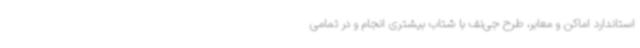
استاندارد اماکن و معابر، طرح جی‌نف با شتاب بیشتری انجام و در تمامی